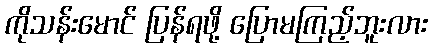
ကိုသန်းမောင် ပြန်ရဖို့ ပြောမကြည့်ဘူးလား